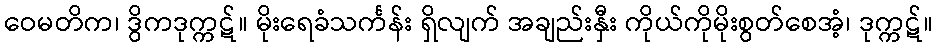
ဝေမတိက၊ ဒွိကဒုက္ကဋ်။ မိုးရေခံသင်္ကန်း ရှိလျက် အချည်းနှီး ကိုယ်ကိုမိုးစွတ်စေအံ့၊ ဒုက္ကဋ်။